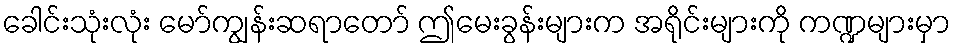
ခေါင်းသုံးလုံး မော်ကျွန်းဆရာတော် ဤမေးခွန်းများက အရိုင်းများကို ကဏ္ဍများမှာ